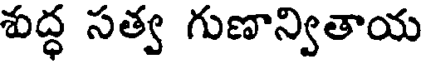
శుద్ధ సత్వ గుణాన్వితాయ